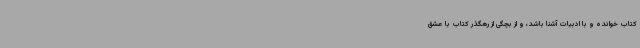
کتاب خوانده و با ادبیات آشنا باشد، و از بچگی از رهگذر کتاب با عشق